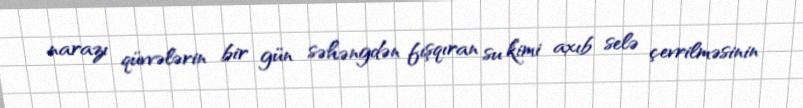
narazı qüvvələrin bir gün səhəngdən fışqıran su kimi axıb selə çevrilməsinin